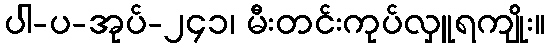
ပါ-ပ-အုပ်-၂၄၁၊ မီးတင်းကုပ်လှူရကျိုး။